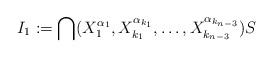
LaTeX: \begin{align*}I_1:=\bigcap(X_1^{\alpha_1},X_{k_1}^{\alpha_{k_1}},\dots,X_{k_{n-3}}^{\alpha_{k_{n-3}}})S\end{align*}